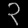
Digit: ၃